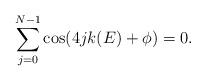
LaTeX: \begin{align*} \sum_{j=0}^{N-1} \cos (4 j k(E)+\phi)=0. \end{align*}